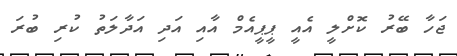
ޖަހާ ބޭރު ކޮށްލީ އެއީ ޕީޕީއެމް އާއި އަދި އަދާލަތު ކުރި ބުރަ